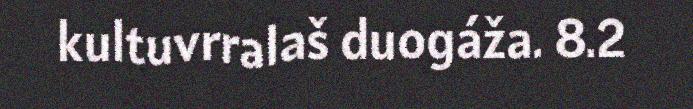
kultuvrralaš duogáža. 8.2